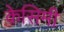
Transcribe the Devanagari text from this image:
केसिमी